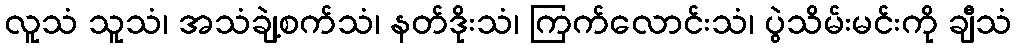
လူသံ သူသံ၊ အသံချဲ့စက်သံ၊ နတ်ဒိုးသံ၊ ကြက်လောင်းသံ၊ ပွဲသိမ်းမင်းကို ချီသံ